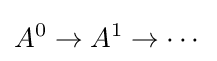
A^{0}\to A^{1}\to \cdots